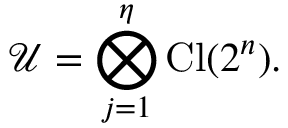
\mathcal { U } = \bigotimes _ { j = 1 } ^ { \eta } \mathrm { C l } ( 2 ^ { n } ) .